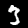
Digit: 3